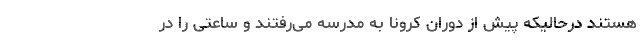
هستند درحالیکه پیش از دوران کرونا به مدرسه می‌رفتند و ساعتی را در